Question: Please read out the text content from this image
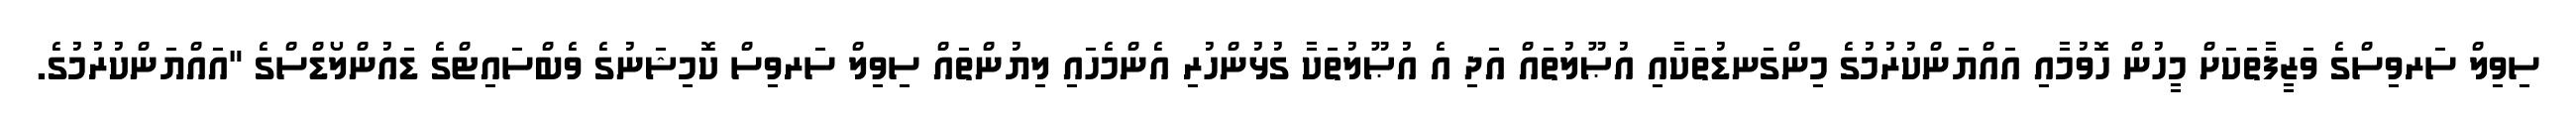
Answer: ސިވިލް ސަރވިސްގެ ވަޒީފާތަކަށް މީހުން ހޮވުމާއި އައްޔަންކުރުމުގެ މިންގަނޑުތަކާއި އުޞޫލުތައް އަދި އެ އުޞޫލުތަކާ ގުޅުންހުރި އެންމެހައި ލިޔުންތައް ސިވިލް ސަރވިސް ކޮމިޝަނުގެ ވެބްސައިޓްގެ ޑައުންލޯޑްސްގެ "އައްޔަންކުރުމުގެ.